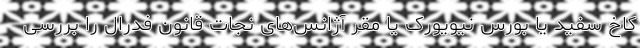
کاخ سفید یا بورس نیویورک یا مقر آژانس‌های نجات قانون فدرال را بررسی